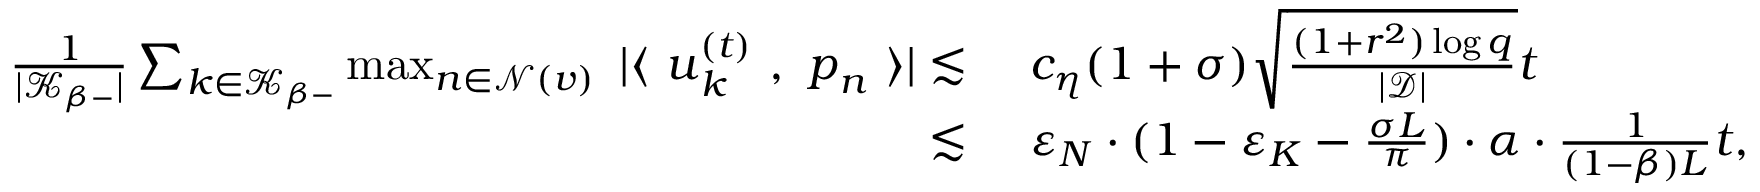
\begin{array} { r l } { \frac { 1 } { | \mathcal { K } _ { \beta - } | } \sum _ { k \in \mathcal { K } _ { \beta - } } \operatorname* { m a x } _ { n \in \mathcal { N } ( v ) } ~ | \langle ~ { \boldsymbol u } _ { k } ^ { ( t ) } ~ , ~ { \boldsymbol p } _ { n } ~ \rangle | \lesssim } & { ~ c _ { \eta } ( 1 + \sigma ) \sqrt { \frac { ( 1 + r ^ { 2 } ) \log q } { | \mathcal { D } | } } t } \\ { \lesssim } & { ~ \varepsilon _ { N } \cdot ( 1 - \varepsilon _ { K } - \frac { \sigma L } { \pi } ) \cdot \alpha \cdot \frac { 1 } { ( 1 - \beta ) L } t , } \end{array}